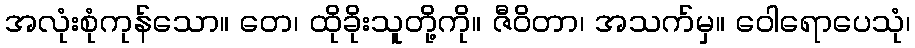
အလုံးစုံကုန်သော။ တေ၊ ထိုခိုးသူတို့ကို။ ဇီဝိတာ၊ အသက်မှ။ ဝေါရောပေသုံ၊